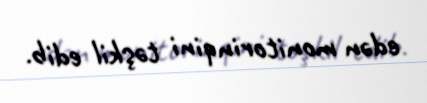
edən monitorinqini təşkil edib.